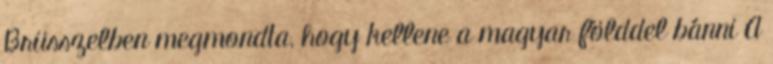
Brüsszelben megmondta, hogy kellene a magyar földdel bánni A